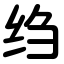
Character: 绉